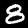
Label: 8